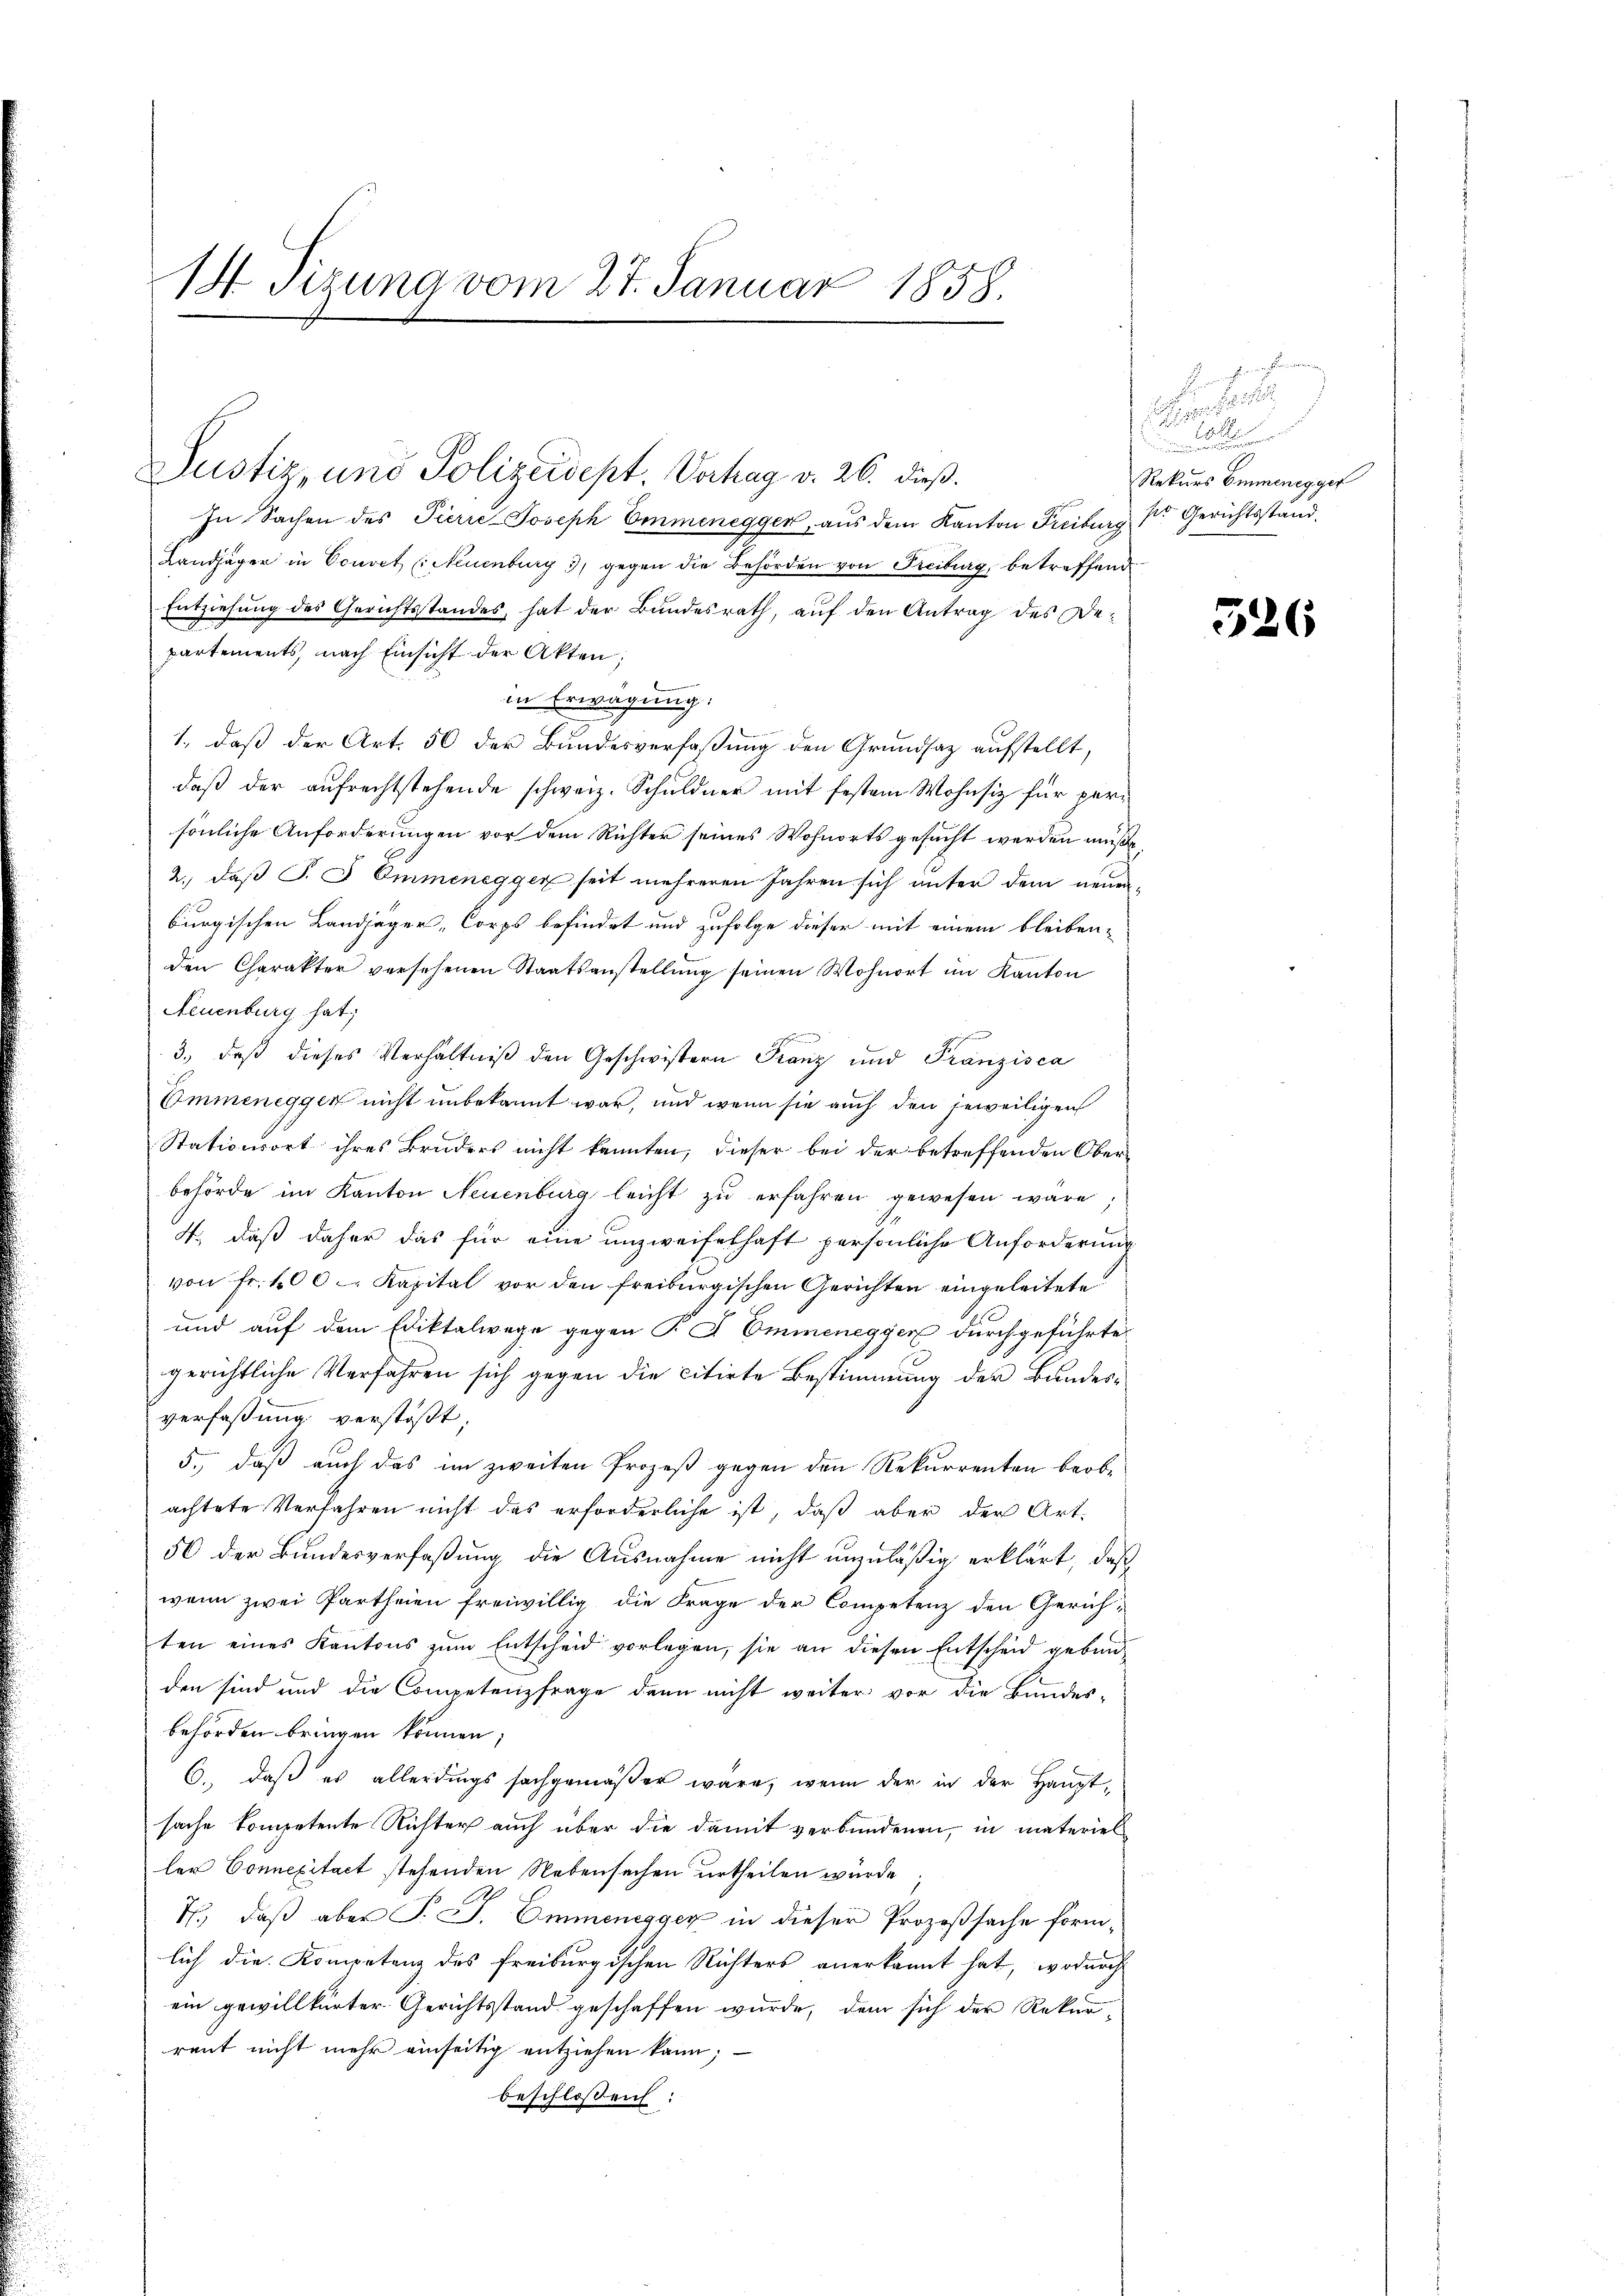
18. Sitzung vom 27. Januar 1858.

Justiz, und Polizeidept, Verhag v. 26. dieß.

In Sachen des Pierre-Joseph Emmenegger, aus dem Kanton Freiburg sr. Gerichtsstand-
Landjäger in Couvet (Neuenburg 3, gegen die Behörden von Freiburg, betreffend
Entziehung des Gerichtsstandes, hat der Bundesrath, auf den Antrag des Departements, nach Einsicht der Akten;
in Erwägung:
1., daß der Art. 56 der Bundesverfaßung den Grundsaz aufstellt,
daß der aufrechtstehende schweiz. Schuldner mit festem Wohnsiz für persönliche Anforderungen vor dem Richter seines Wohnorts gesucht werden müße,
2., daß P. G Ommenegger seit mehreren Jahren sich unter dem neuen-
burgischen Landjäger, Corps befindet und zufolge dieser mit einem bleiben-
den Charakter versehenen Staatsanstellŭng seinen Wohnort im Kanton
Neuenburg hat;
3., daß dieses Verhältniß den Geschwistern Franz und Franzisca
Emmeneggen nicht unbekannt war, und wenn sie auch den jeweiligen
Stationsort ihres Bruders nicht kannten, dieser bei der betreffenden Ober-
behörde im Kanton Neuenburg leicht zu erfahren gewesen wäre;
4., daß daher das für eine unzweifelhaft persönliche Anforderung
von Fr. 100 Kapital vor den freiburgischen Gerichten eingeleitete
und auf dem Ediktalwege gegen P. J. Emmenegger durchgeführte
gerichtliche Verfahren sich gegen die citirte Bestimmung der Bundesverfaßung verstößt
5., daß auch das im zweiten Prozeß gegen den Rekurrenten beobachtete Verfahren nicht das erforderliche ist, daß aber der Art.
56 der Bundesverfaßung die Ausnahme nicht unzuläßig erklärt, daß
wenn zwei Partheien freiwillig die Frage der Competenz den Gerichten eines Kantons zum Entscheid vorlegen, sie an diesen Entscheid gebund
den sind und die Competenzfrage dann nicht weiter vor die Bundes-
behörden bringen können
6., daß es allerdings sachgemäßer wäre, wenn der in der Hauptsache kompetente Richter auch über die damit verbundenen, in materiel
ler Connexitaet stehenden Nebensachen urtheilen würde.
N., daß aber J. J. Emmenegger in dieser Prozeßsache förmlich die Kompetenz des freiburgischen Richters anerkannt hat, wodurch
ein gewillkürter Gerichtsstand geschaffen wurde, dem sich der Rekur-
rent nicht mehr einseitig entziehen kann;
beschlossen.

e
Senat 1
F
u
Rekurs Emmenegger

526